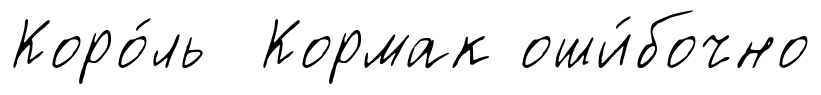
Коро́ль Кормак оши́бочно